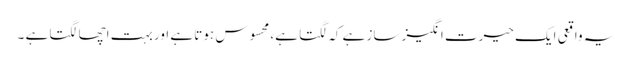
یہ واقعی ایک حیرت انگیز ساز ہے کہ لگتا ہے، محسوس ہوتا ہے اور بہت اچھا لگتا ہے ۔